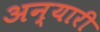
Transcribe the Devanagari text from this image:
अन्यारी